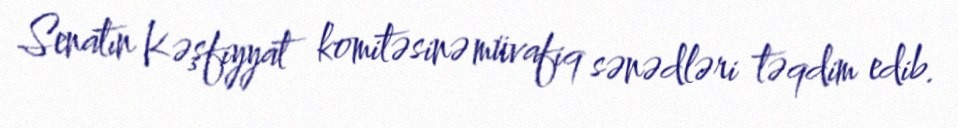
Senatın Kəşfiyyat komitəsinə müvafiq sənədləri təqdim edib.